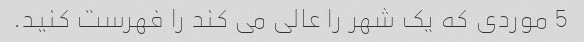
5 موردی که یک شهر را عالی می کند را فهرست کنید.